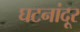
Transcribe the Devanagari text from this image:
घटनांदूर